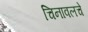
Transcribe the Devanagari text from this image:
चिनावलचे